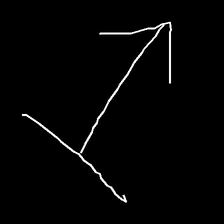
Glyph: levitation